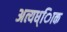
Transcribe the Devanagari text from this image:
अत्यध्ािक